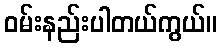
ဝမ်းနည်းပါတယ်ကွယ်။